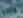
وااااو